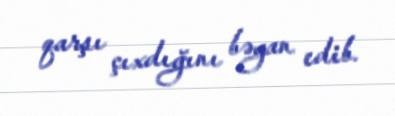
qarşı çıxdığını bəyan edib.